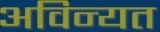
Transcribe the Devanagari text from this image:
अविन्यत